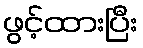
ဖွင့်ထားပြီး